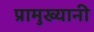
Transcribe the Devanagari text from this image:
प्रामुख्यानी